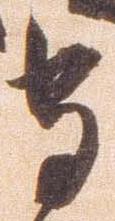
守